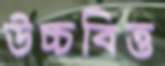
উচ্চবিত্ত